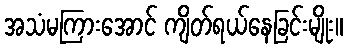
အသံမကြားအောင် ကျိတ်ရယ်နေခြင်းမျိုး။